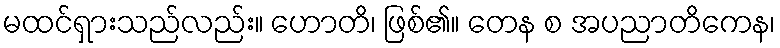
မထင်ရှားသည်လည်း။ ဟောတိ၊ ဖြစ်၏။ တေန စ အပညာတိကေန၊